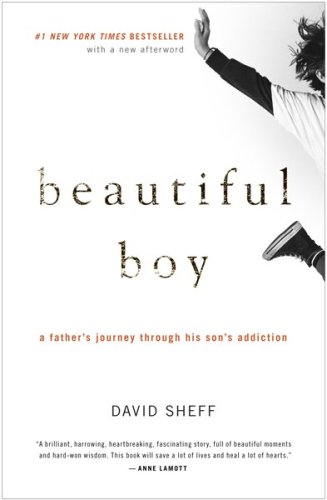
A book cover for Beautiful Boy: A Father's Journey Through His Son's Addiction; David Sheff; Health, Fitness & Dieting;